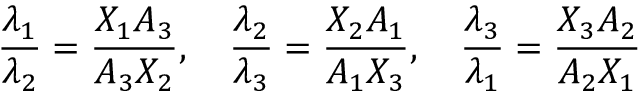
{ \frac { \lambda _ { 1 } } { \lambda _ { 2 } } } = { \frac { X _ { 1 } A _ { 3 } } { A _ { 3 } X _ { 2 } } } , \quad { \frac { \lambda _ { 2 } } { \lambda _ { 3 } } } = { \frac { X _ { 2 } A _ { 1 } } { A _ { 1 } X _ { 3 } } } , \quad { \frac { \lambda _ { 3 } } { \lambda _ { 1 } } } = { \frac { X _ { 3 } A _ { 2 } } { A _ { 2 } X _ { 1 } } }